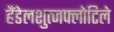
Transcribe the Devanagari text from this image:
हैंडेलशुत्जफ्लोटिले